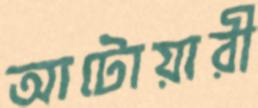
আটোয়ারী